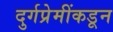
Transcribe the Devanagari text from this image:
दुर्गप्रेमींकडून